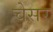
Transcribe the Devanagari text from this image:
चेसर